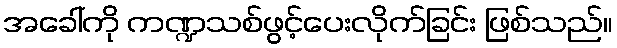
အခေါ်ကို ကဏ္ဍသစ်ဖွင့်ပေးလိုက်ခြင်း ဖြစ်သည်။